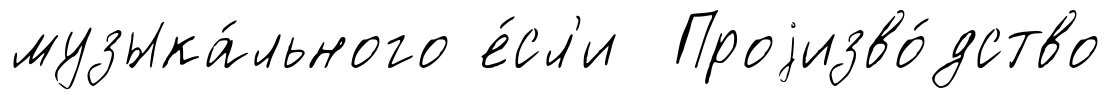
музыка́льного е́сл'и Проjизво́дство